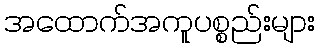
အထောက်အကူပစ္စည်းများ